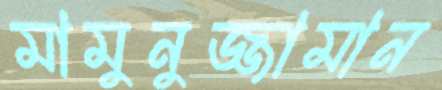
মামুনুজ্জামান